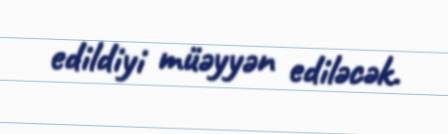
edildiyi müəyyən ediləcək.